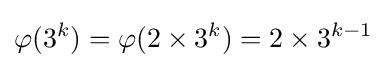
\displaystyle \varphi (3^{k})=\varphi (2\times 3^{k})=2\times 3^{k-1}